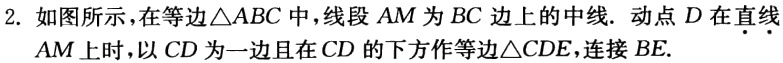
2. 如图所示，在等边\(\triangle ABC\)中，线段\(AM\)为\(BC\)边上的中线. 动点\(D\)在直线\(AM\)上时，以\(CD\)为一边且在\(CD\)的下方作等边\(\triangle CDE\)，连接\(BE\).